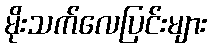
မိုးသက်လေပြင်းများ